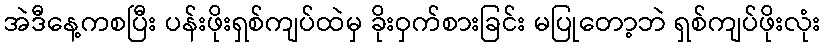
အဲဒီနေ့ကစပြီး ပန်းဖိုးရှစ်ကျပ်ထဲမှ ခိုးဝှက်စားခြင်း မပြုတော့ဘဲ ရှစ်ကျပ်ဖိုးလုံး